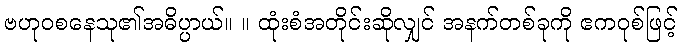
ဗဟုဝစနေသု၏အဓိပ္ပာယ်။ ။ ထုံးစံအတိုင်းဆိုလျှင် အနက်တစ်ခုကို ဧကဝုစ်ဖြင့်